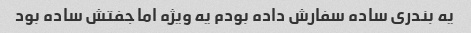
یه بندری ساده سفارش داده بودم یه ویژه اما جفتش ساده بود